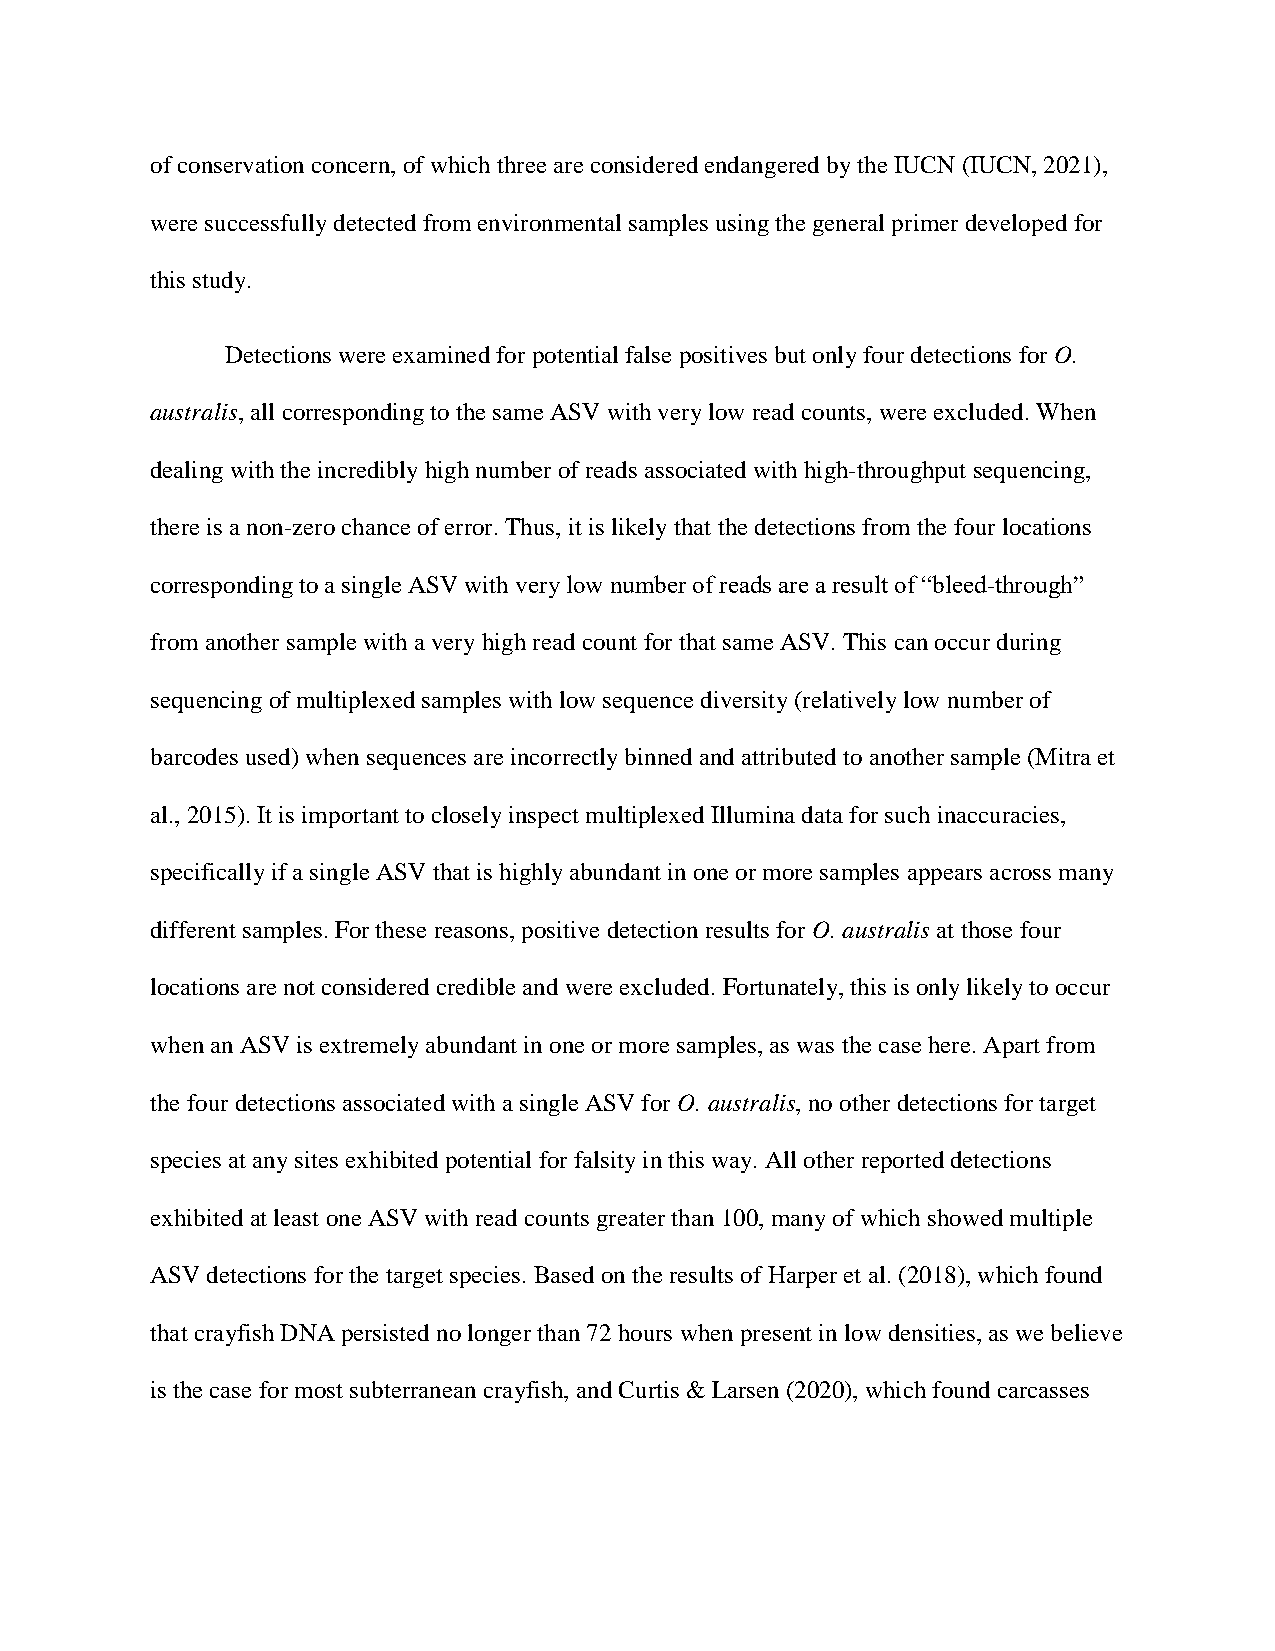
of conservation concern, of which three are considered endangered by the IUCN (IUCN, 2021),
 were successfully detected from environmental samples using the general primer developed for
 this study.
 Detections were examined for potential false positives but only four detections for O.
 australis, all corresponding to the same ASV with very low read counts, were excluded. When
 dealing with the incredibly high number of reads associated with high-throughput sequencing,
 there is a non-zero chance of error. Thus, it is likely that the detections from the four locations
 corresponding to a single ASV with very low number of reads are a result of “bleed-through”
 from another sample with a very high read count for that same ASV. This can occur during
 sequencing of multiplexed samples with low sequence diversity (relatively low number of
 barcodes used) when sequences are incorrectly binned and attributed to another sample (Mitra et
 al., 2015). It is important to closely inspect multiplexed Illumina data for such inaccuracies,
 specifically if a single ASV that is highly abundant in one or more samples appears across many
 different samples. For these reasons, positive detection results for O. australis at those four
 locations are not considered credible and were excluded. Fortunately, this is only likely to occur
 when an ASV is extremely abundant in one or more samples, as was the case here. Apart from
 the four detections associated with a single ASV for O. australis, no other detections for target
 species at any sites exhibited potential for falsity in this way. All other reported detections
 exhibited at least one ASV with read counts greater than 100, many of which showed multiple
 ASV detections for the target species. Based on the results of Harper et al. (2018), which found
 that crayfish DNA persisted no longer than 72 hours when present in low densities, as we believe
 is the case for most subterranean crayfish, and Curtis & Larsen (2020), which found carcasses